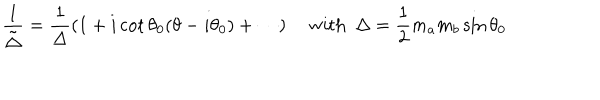
\frac { 1 } { \tilde { \Delta } } = \frac { 1 } { \Delta } ( 1 + i \cot \theta _ { 0 } ( \theta - i \theta _ { 0 } ) + \cdots ) \quad ~ \mathrm { w i t h } ~ ~ \Delta = \frac { 1 } { 2 } m _ { a } m _ { b } \sin \theta _ { 0 }